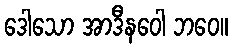
ဒေါသော အာဒီနဝေါ ဘဝေ။